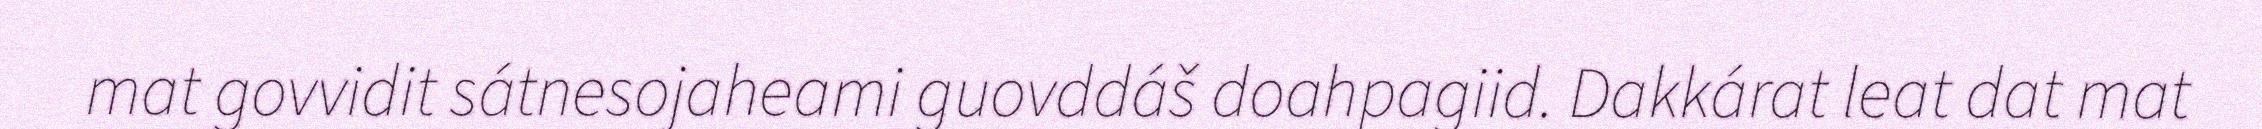
mat govvidit sátnesojaheami guovddáš doahpagiid. Dakkárat leat dat mat